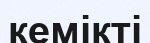
кемікті